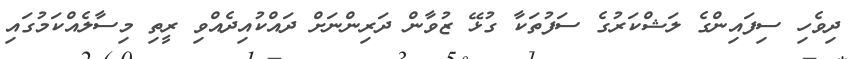
ދިވެހި ސިފައިންގެ ލަޝްކަރުގެ ސަފުތަކާ ގުޅޭ ޒުވާން ދަރިންނަށް ދައްކުއިދެއްވި ރީތި މިސާލެއްކަމުގައި